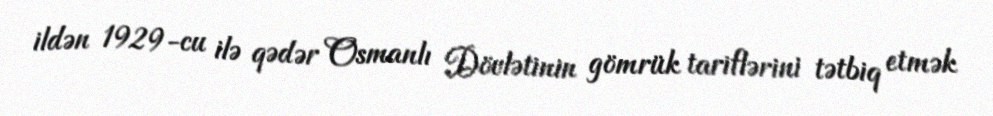
ildən 1929-cu ilə qədər Osmanlı Dövlətinin gömrük tariflərini tətbiq etmək